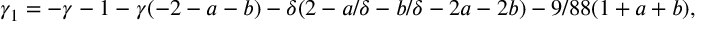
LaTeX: \gamma _ { 1 } = - \gamma - 1 - \gamma ( - 2 - a - b ) - \delta ( 2 - a / \delta - b / \delta - 2 a - 2 b ) - 9 / 8 8 ( 1 + a + b ) ,